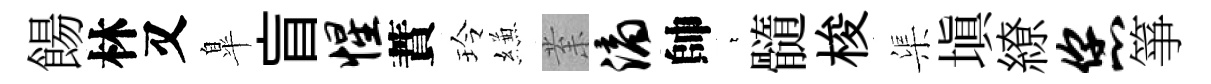
餳林又臯盲惺蕡玲縑𭪙滴帥萋髓梭渠塡繚您箏